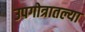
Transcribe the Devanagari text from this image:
उपगोत्रातल्या